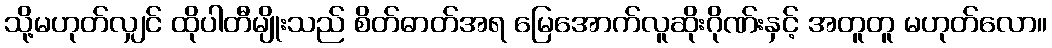
သို့မဟုတ်လျှင် ထိုပါတီမျိုးသည် စိတ်ဓာတ်အရ မြေအောက်လူဆိုးဂိုဏ်းနှင့် အတူတူ မဟုတ်လော။